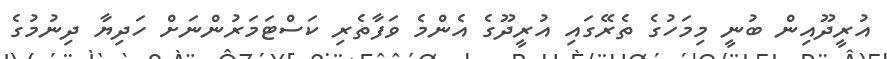
އުރީދޫއިން ބުނީ މިމަހުގެ ތެރޭގައި އުރީދޫގެ އެންމެ ވަފާތެރި ކަސްޓަމަރުންނަށް ހަދިޔާ ދިނުމުގެ